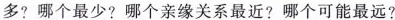
多?哪个最少?哪个亲缘关系最近?哪个可能最远?